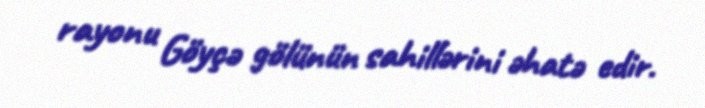
rayonu Göyçə gölünün sahillərini əhatə edir.